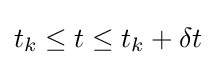
t_{k}\leq t\leq t_{k}+\delta t